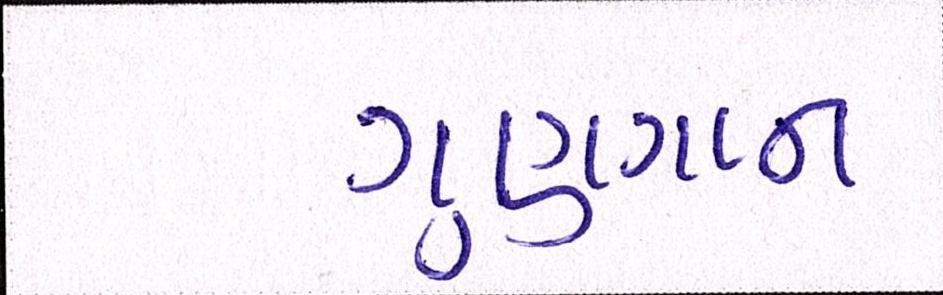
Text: ગુણગાન